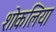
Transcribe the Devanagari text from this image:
शोकलिया